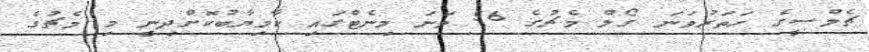
ޗެލްސީގެ ހަތަރުވަނަ ގޯލް މެޗުގެ 56 ވަނަ މިނެޓްގައި ކާމިޔާބުކޮށްދިނީ މި މެޗުގެ